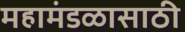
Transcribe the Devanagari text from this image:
महामंडळासाठी